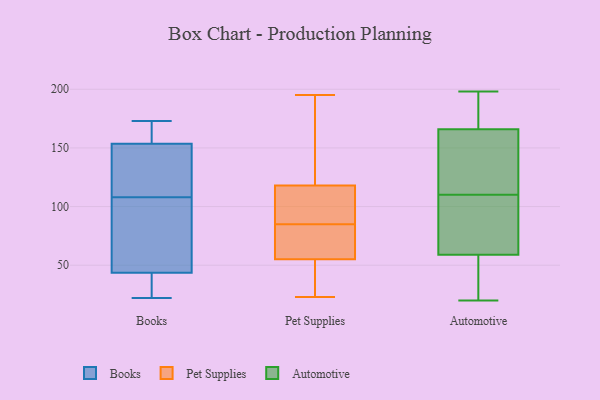
{"axis": {"x": "Churn Rate (%)", "y": "Value"}, "legend": ["Automotive", "Books", "Pet Supplies"], "data": [{"x": "", "y": 108, "type": "Books"}, {"x": "", "y": 130, "type": "Books"}, {"x": "", "y": 172, "type": "Books"}, {"x": "", "y": 108, "type": "Books"}, {"x": "", "y": 163, "type": "Books"}, {"x": "", "y": 29, "type": "Books"}, {"x": "", "y": 31, "type": "Books"}, {"x": "", "y": 161, "type": "Books"}, {"x": "", "y": 173, "type": "Books"}, {"x": "", "y": 126, "type": "Books"}, {"x": "", "y": 81, "type": "Books"}, {"x": "", "y": 22, "type": "Books"}, {"x": "", "y": 131, "type": "Books"}, {"x": "", "y": 89, "type": "Books"}, {"x": "", "y": 28, "type": "Books"}, {"x": "", "y": 46, "type": "Pet Supplies"}, {"x": "", "y": 128, "type": "Pet Supplies"}, {"x": "", "y": 23, "type": "Pet Supplies"}, {"x": "", "y": 56, "type": "Pet Supplies"}, {"x": "", "y": 181, "type": "Pet Supplies"}, {"x": "", "y": 157, "type": "Pet Supplies"}, {"x": "", "y": 99, "type": "Pet Supplies"}, {"x": "", "y": 112, "type": "Pet Supplies"}, {"x": "", "y": 24, "type": "Pet Supplies"}, {"x": "", "y": 62, "type": "Pet Supplies"}, {"x": "", "y": 55, "type": "Pet Supplies"}, {"x": "", "y": 49, "type": "Pet Supplies"}, {"x": "", "y": 86, "type": "Pet Supplies"}, {"x": "", "y": 118, "type": "Pet Supplies"}, {"x": "", "y": 66, "type": "Pet Supplies"}, {"x": "", "y": 102, "type": "Pet Supplies"}, {"x": "", "y": 84, "type": "Pet Supplies"}, {"x": "", "y": 195, "type": "Pet Supplies"}, {"x": "", "y": 120, "type": "Automotive"}, {"x": "", "y": 74, "type": "Automotive"}, {"x": "", "y": 166, "type": "Automotive"}, {"x": "", "y": 100, "type": "Automotive"}, {"x": "", "y": 198, "type": "Automotive"}, {"x": "", "y": 51, "type": "Automotive"}, {"x": "", "y": 20, "type": "Automotive"}, {"x": "", "y": 157, "type": "Automotive"}, {"x": "", "y": 99, "type": "Automotive"}, {"x": "", "y": 59, "type": "Automotive"}, {"x": "", "y": 189, "type": "Automotive"}, {"x": "", "y": 45, "type": "Automotive"}, {"x": "", "y": 134, "type": "Automotive"}, {"x": "", "y": 173, "type": "Automotive"}]}